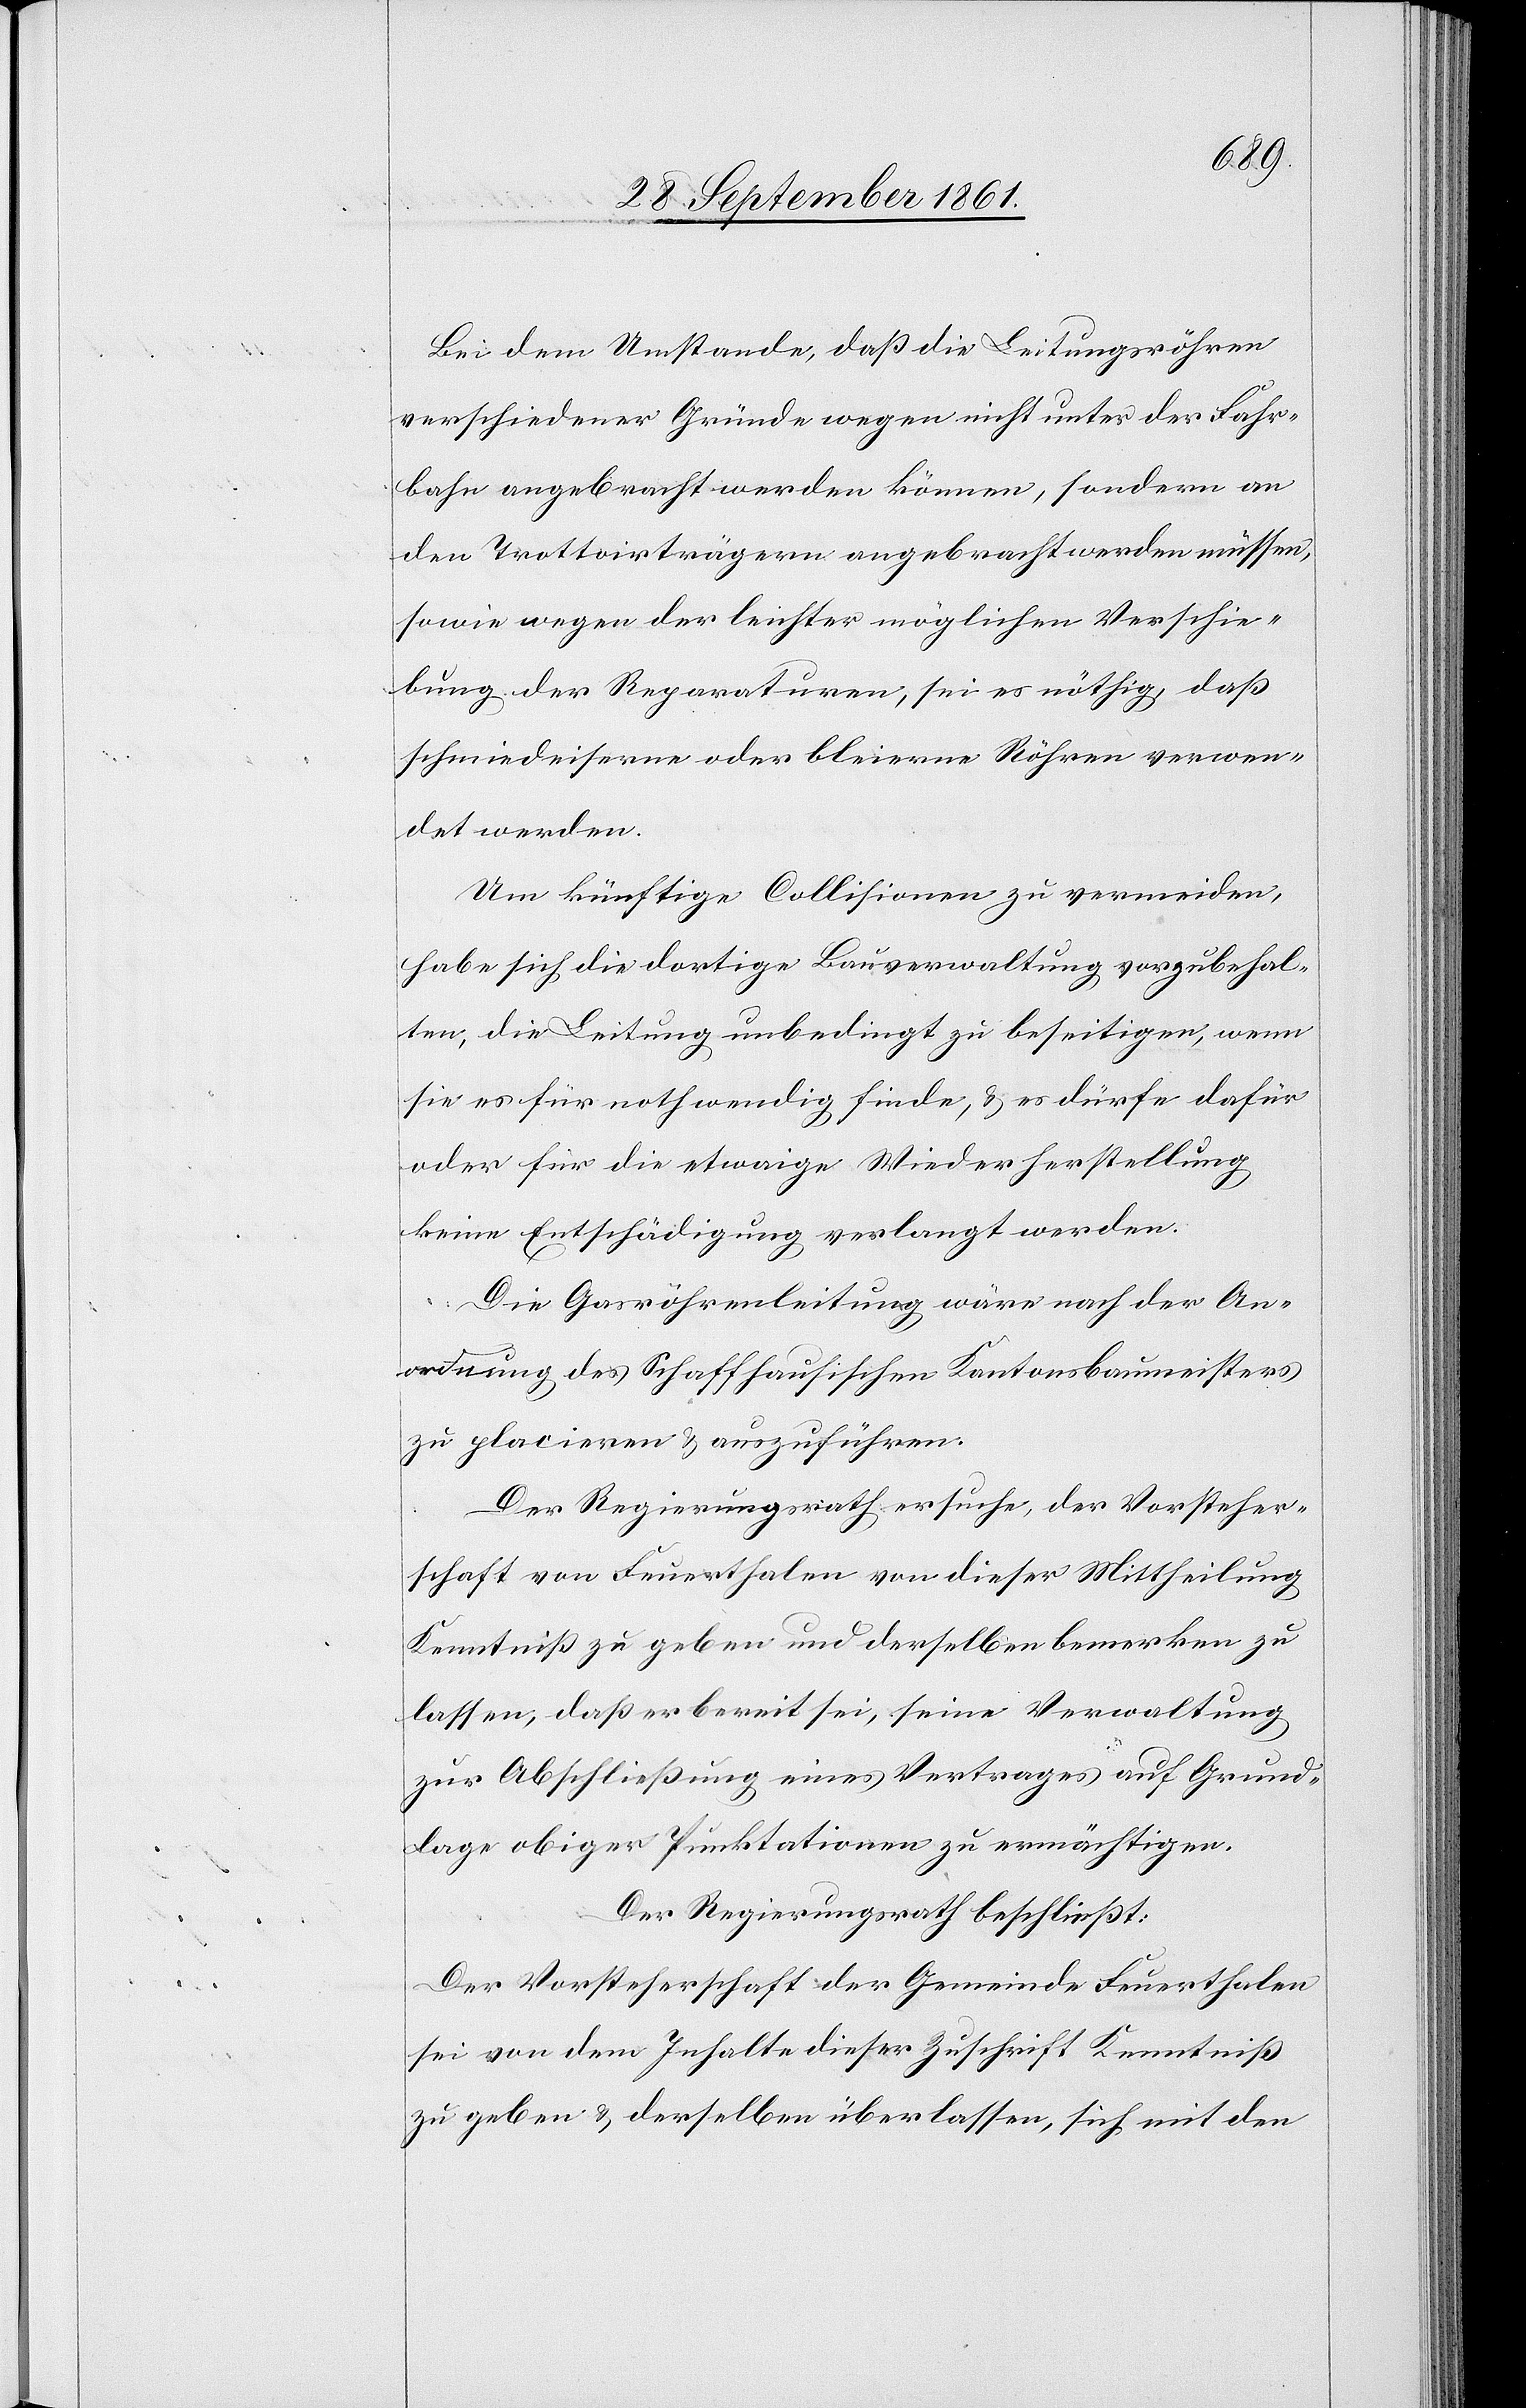
Bei dem Umstande, daß die Leitungsröhren
verschiedener Gründe wegen nicht unter der Fahr¬
bahn angebracht werden können, sondern an
den Trottoirträgern angebracht werden müssen,
sowie wegen der leichter möglichen Verschie¬
bung der Reparaturen, sei es nöthig, daß
schmiedeiserne oder bleierne Röhren verwen¬
det werden.
Um künftige Collisionen zu vermeiden,
habe sich die dortige Bauverwaltung vorzubehal¬
ten, die Leitung unbedingt zu beseitigen, wenn
sie es für nothwendig finde, u. es dürfe dafür
oder für die etwaige Wiederherstellung
keine Entschädigung verlangt werden.
Die Gasröhrenleitung wäre nach der An¬
wendung des Schaffhausischen Kantonsbaumeisters
zu glacieren u. auszuführen.
Der Regierungsrath ersuche, der Vorsteher¬
schaft von Feuerthalen von dieser Mittheilung
Kenntniß zu geben und derselben bemerken zu
lassen, daß er bereit sei, seine Verwaltung
zur Abschließung eines Vertrages auf Grund¬
lage obiger Punktationen zu ermächtigen.
Der Regierungsrath beschließt:
Der Vorsteherschaft der Gemeinde Feuerthalen
sei von dem Inhalte dieser Zuschrift Kenntniß
zu geben u. derselben überlassen, sich mit den